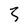
Character: 3